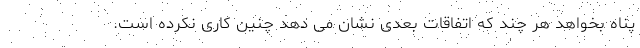
پناه بخواهد هر چند که اتفاقات بعدی نشان می دهد چنین کاری نکرده است.